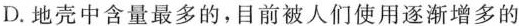
D.地壳中含量最多的，目前被人们使用逐渐增多的